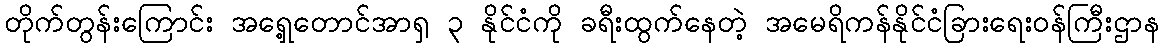
တိုက်တွန်းကြောင်း အရှေ့တောင်အာရှ ၃ နိုင်ငံကို ခရီးထွက်နေတဲ့ အမေရိကန်နိုင်ငံခြားရေးဝန်ကြီးဌာန